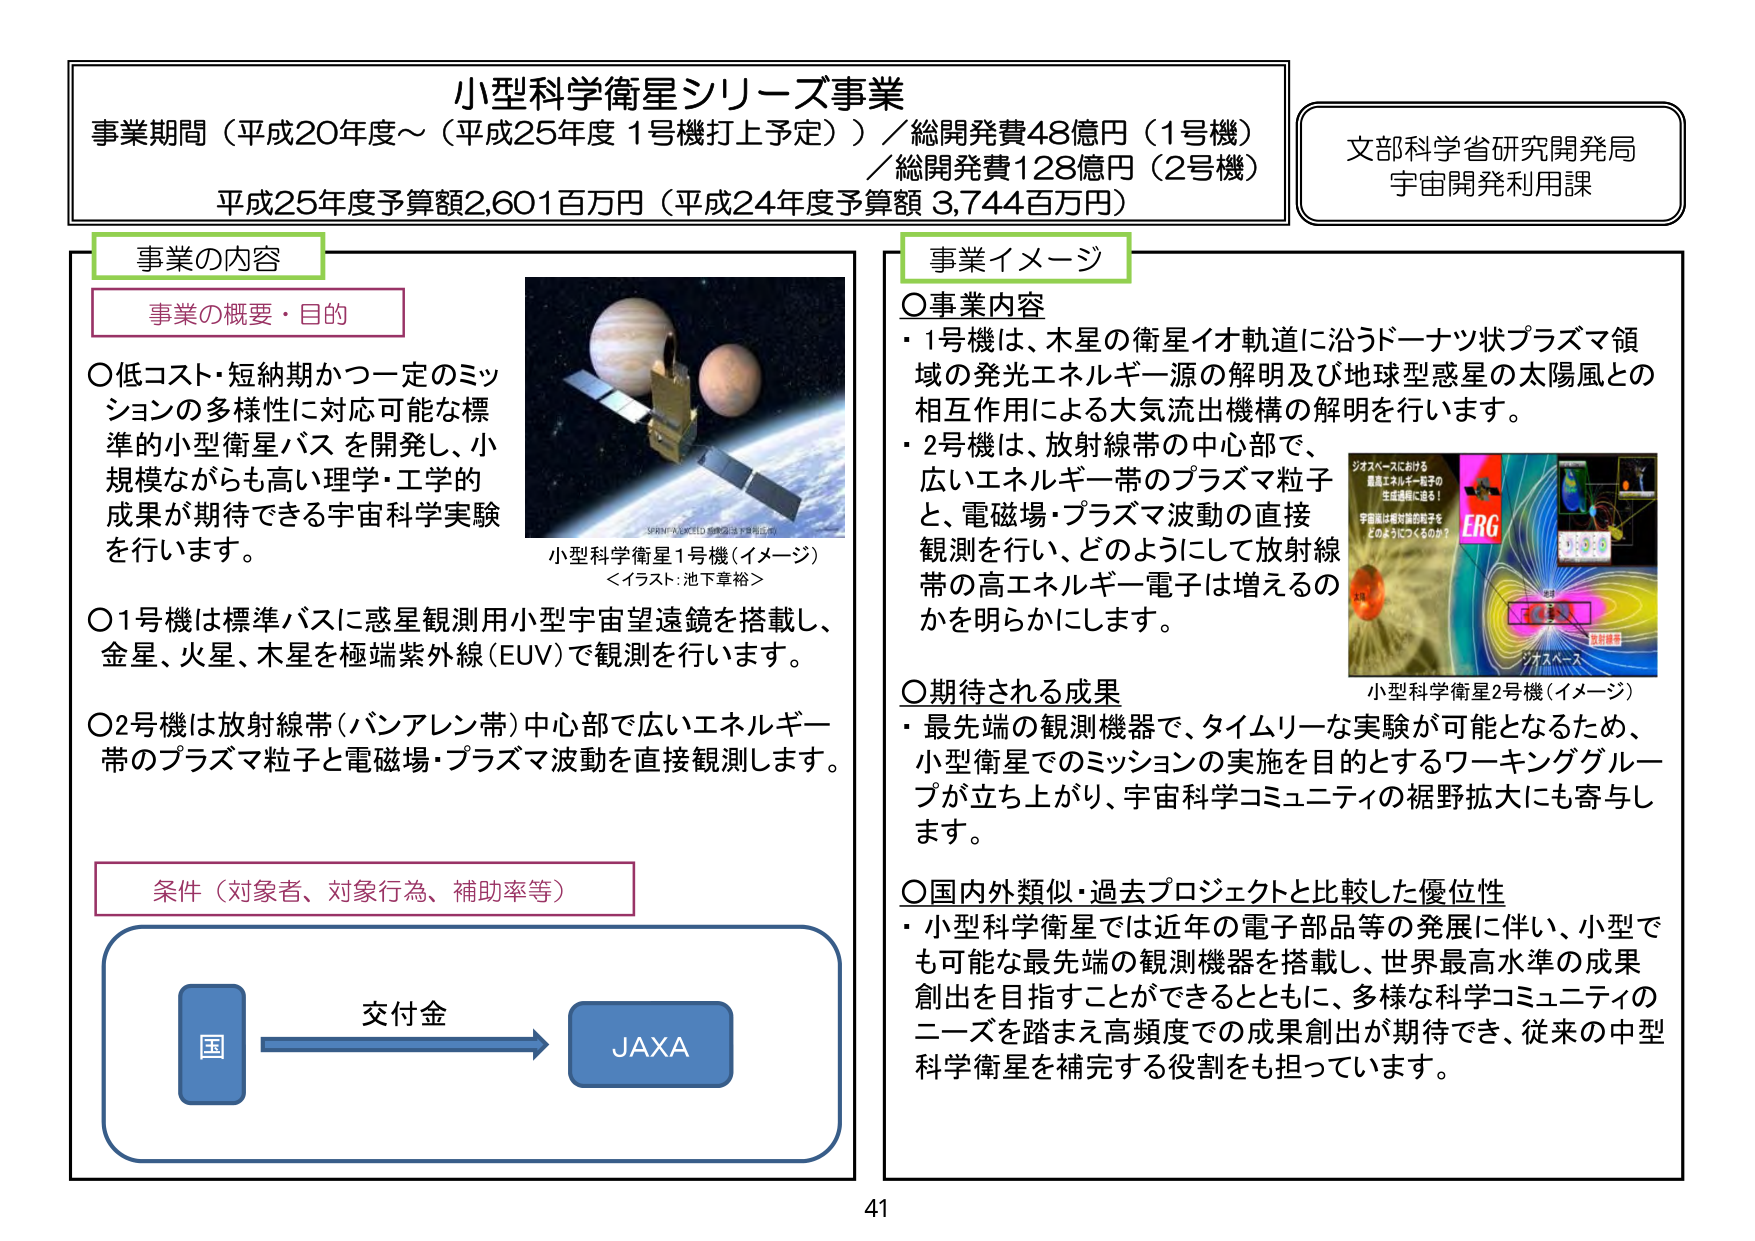
小型科学衛星シリーズ事業
事業期間（平成20年度～（平成25年度 1号機打上予定））／総開発費48億円（1号機）
／総開発費128億円（2号機）
平成25年度予算額2,601百万円（平成24年度予算額 3,744百万円）

文部科学省研究開発局
宇宙開発利用課

事業の内容

事業の概要・目的
○低コスト・短納期かつ一定のミッションの多様性に対応可能な標準的小型衛星バスを開発し、小規模ながらも高い理学・工学的成果が期待できる宇宙科学実験を行います。
○1号機は標準バスに惑星観測用小型宇宙望遠鏡を搭載し、金星、火星、木星を極端紫外線（EUV）で観測を行います。
○2号機は放射線帯（バンアレン帯）中心部で広いエネルギー帯のプラズマ粒子と電磁場・プラズマ波動を直接観測します。

条件（対象者、対象行為、補助率等）
国 → 交付金 → JAXA

小型科学衛星1号機（イメージ）
＜イラスト：池下章裕＞

事業イメージ

○事業内容
・1号機は、木星の衛星イオ軌道に沿うドーナツ状プラズマ領域の発光エネルギー源の解明及び地球型惑星の太陽風との相互作用による大気流出機構の解明を行います。
・2号機は、放射線帯の中心部で、広いエネルギー帯のプラズマ粒子と、電磁場・プラズマ波動の直接観測を行い、どのようにして放射線帯の高エネルギー電子は増えるのかを明らかにします。

○期待される成果
・最先端の観測機器で、タイムリーな実験が可能となるため、小型衛星でのミッションの実施を目的とするワーキンググループが立ち上がり、宇宙科学コミュニティの裾野拡大にも寄与します。

○国内外類似・過去プロジェクトと比較した優位性
・小型科学衛星では近年の電子部品等の発展に伴い、小型でも可能な最先端の観測機器を搭載し、世界最高水準の成果創出を目指すことができるとともに、多様な科学コミュニティのニーズを踏まえ高頻度での成果創出が期待でき、従来の中型科学衛星を補完する役割をも担っています。

小型科学衛星2号機（イメージ）
ジオスペースにおける
最高エネルギー粒子の
生成機構に迫る！
宇宙論は相対論的粒子を
どのようにつくるのか？
ERG
ジオスペース
放射線帯

41